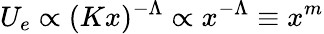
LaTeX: U_{e}\propto(Kx)^{-\Lambda}\propto x^{-\Lambda}\equiv x^{m}